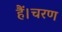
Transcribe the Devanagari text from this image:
हैं।चरण